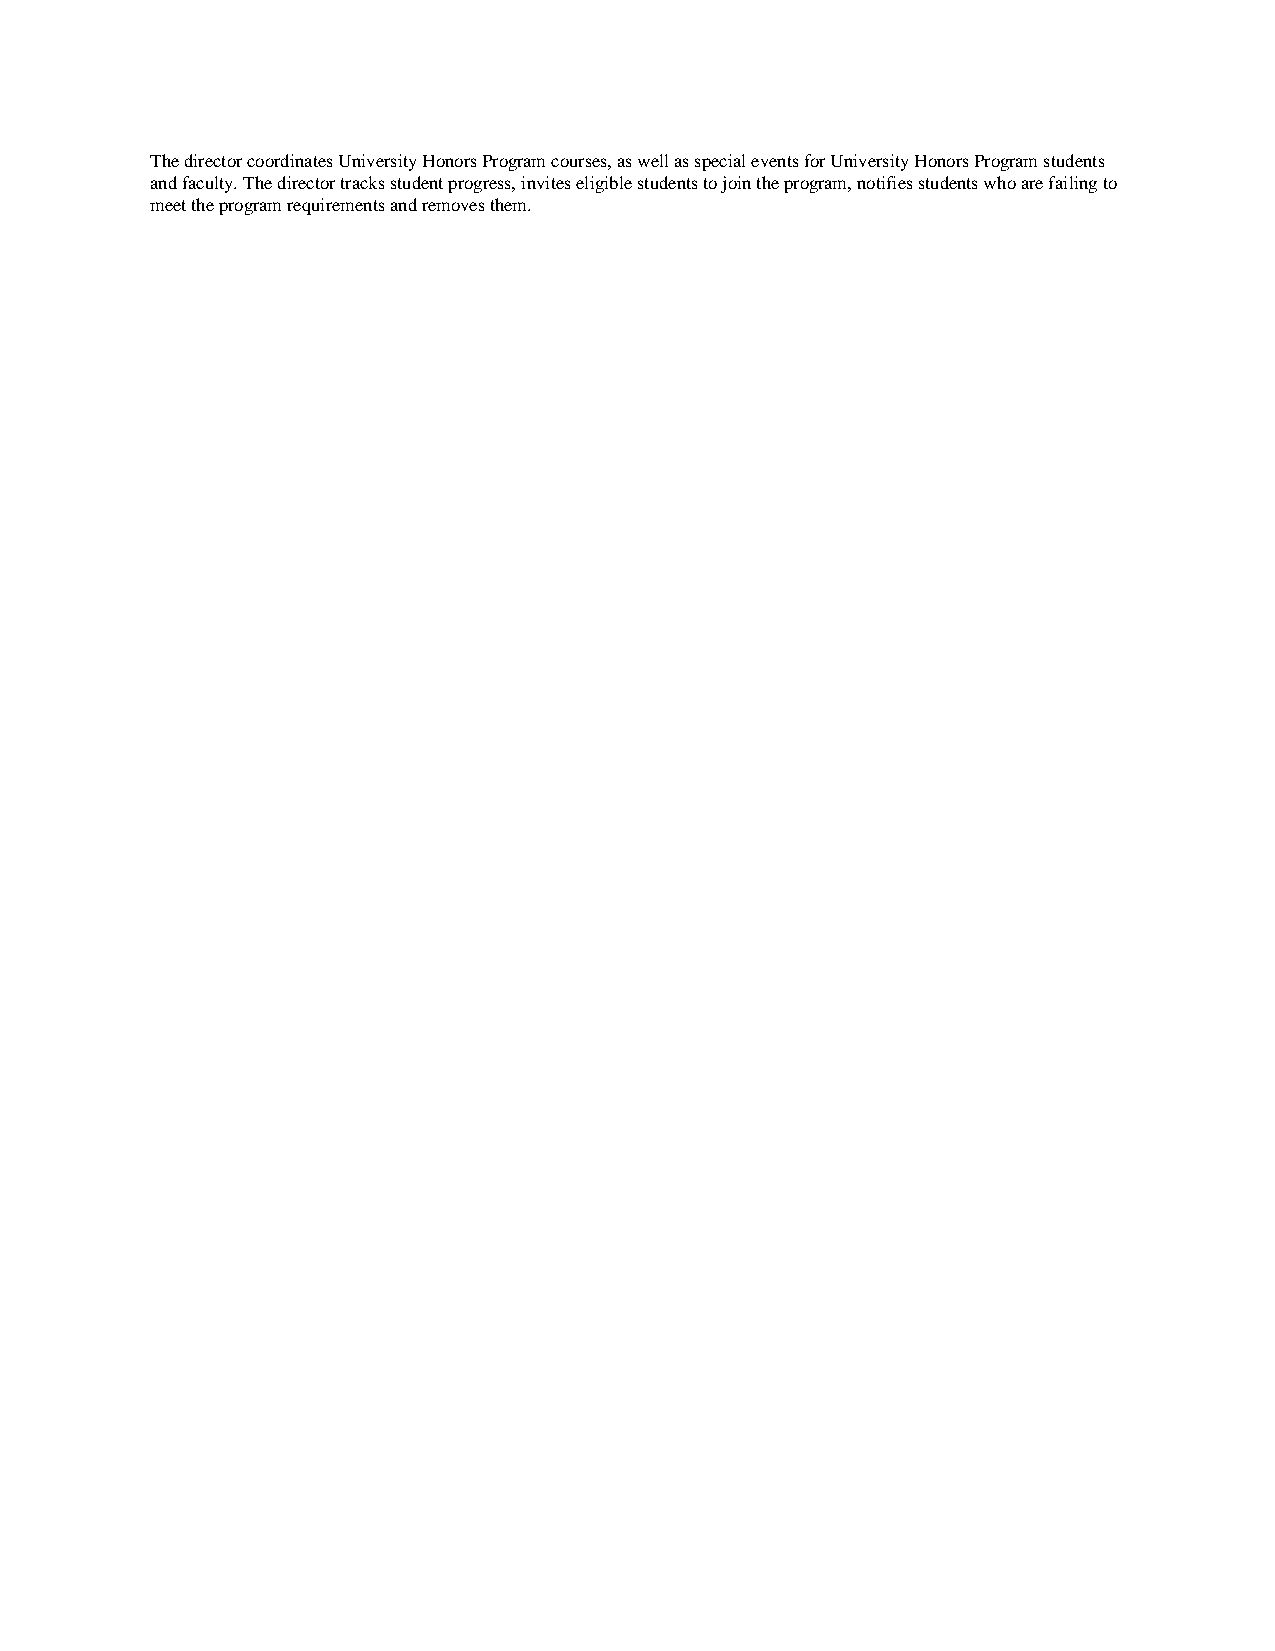
The director coordinates University Honors Program courses, as well as special events for University Honors Program students
 and faculty. The director tracks student progress, invites eligible students to join the program, notifies students who are failing to
 meet the program requirements and removes them.